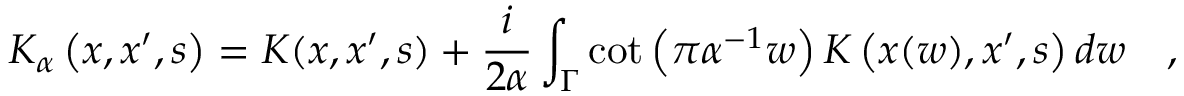
K _ { \alpha } \left( x , x ^ { \prime } , s \right) = K ( x , x ^ { \prime } , s ) + { \frac { i } { 2 \alpha } } \int _ { \Gamma } \cot \left( \pi \alpha ^ { - 1 } w \right) K \left( x ( w ) , x ^ { \prime } , s \right) d w ~ ~ ~ ,